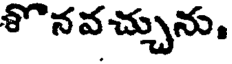
శొనవచ్చును.